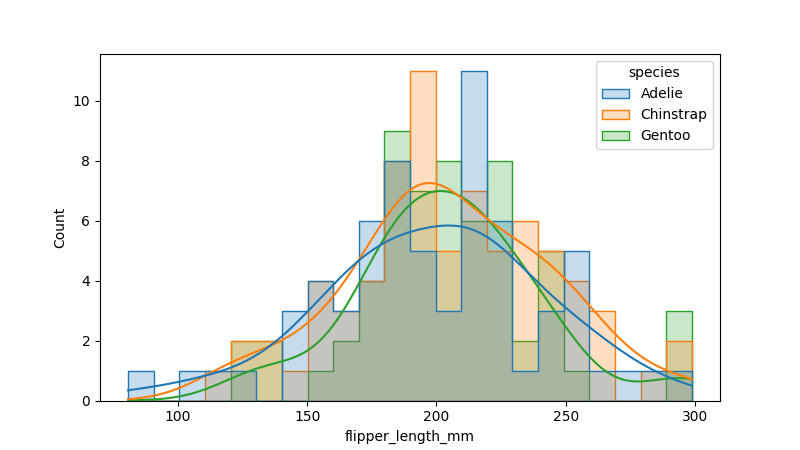
python, seaborn, histplot, hue='species', binwidth=10, bins='10', element='step'